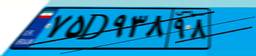
۴۳D۸۵۰۵۱